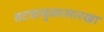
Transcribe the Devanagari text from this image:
वटवाघुळासारखा